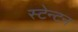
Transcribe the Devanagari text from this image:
स्टेन्टन